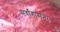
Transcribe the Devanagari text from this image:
सर्वांगासन।